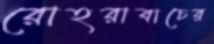
রোহরাবাচের